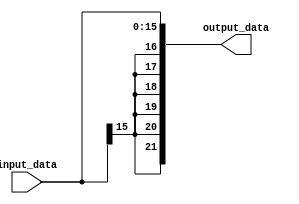
module Sign_Extension(input_data, output_data);
	input  [15 : 0]input_data;
	output [21 : 0]output_data;
 
assign output_data = {input_data[15], input_data[15], input_data[15], input_data[15], input_data[15], input_data[15], input_data};

endmodule